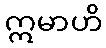
ဣမာဟိ